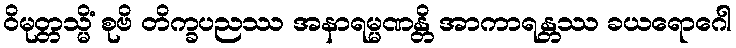
ဝိမုတ္တသ္မိံ စုဗိ တိက္ခပညဿ အနာရမ္မဏန္တိ အာကာရန္တဿ ခယရောဂေါ